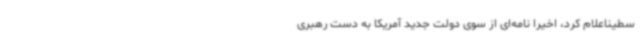
سطیناعلام کرد، اخیرا نامه‌ای از سوی دولت جدید آمریکا به دست رهبری